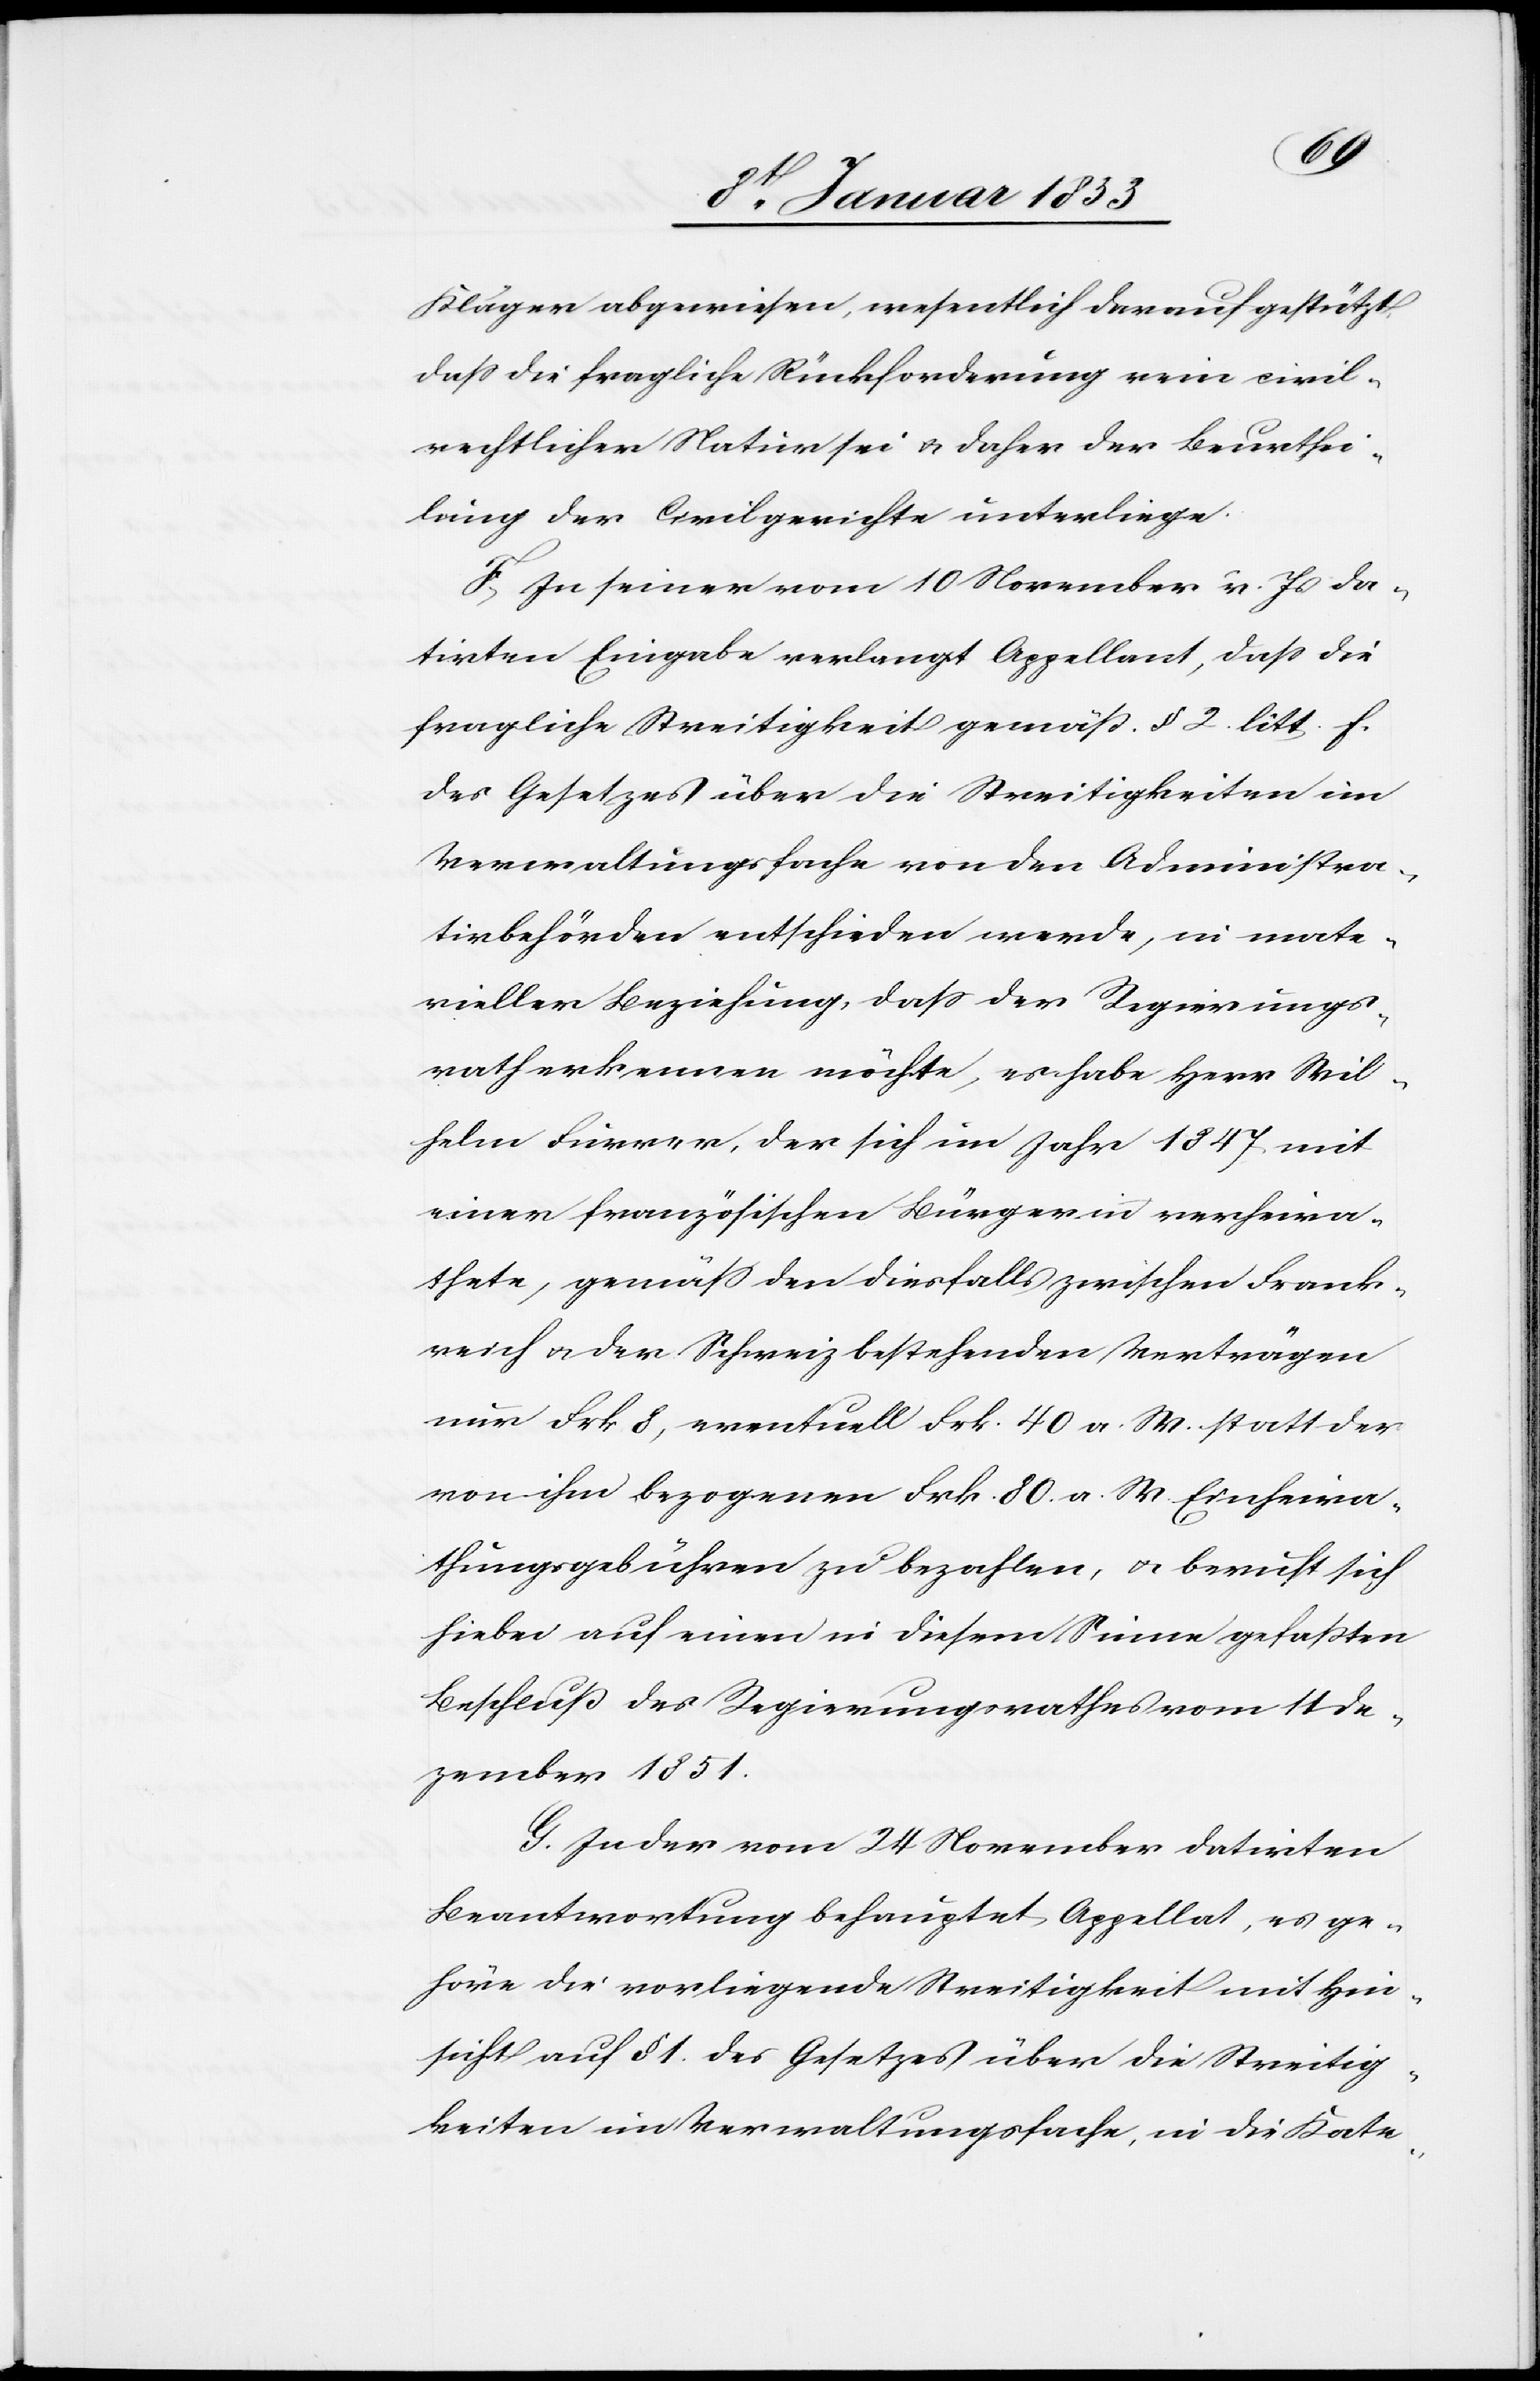
gorie
Kläger abgewiesen, wesentlich darauf gestützt
daß die fragliche Rückforderung rein civil¬
rechtlicher Natur sei u. daher der Beurthei¬
lung der Civilgerichte unterliege.
F. In seiner vom 10 November v. Js. da¬
tirten Eingabe verlangt Appellant, daß die
fragliche Streitigkeit gemäß §. 2 litt f.
des Gesetzes über die Streitigkeiten im
Verwaltungsfache von den Administra¬
tivbehörden entschieden werde, in mate¬
rieller Beziehung, daß der Regierungs¬
rath erkennen möchte, es habe Herr Wil¬
helm Furrer, der sich im Jahr 1847 mit
einer französischen Bürgerinn verheira¬
thete, gemäß den diesfalls zwischen Frank¬
reich u. der Schweiz bestehenden Verträgen
nur Frk 8, eventuell Frk. 40. a. W. statt der
von ihm bezogenen Frk. 80 a. W. Einheira¬
thungsgebühren zu bezahlen, u. beruft sich
hiebei auf einen in diesem Sinne gefassten
Beschluß des Regierungsrathe vom 11 De¬
zember 1851.
G. In der vom 24. November datirten
Beantwortung behauptet Appellat, es ge¬
höre die vorliegende Streitigkeit mit Hin¬
sicht auf §. 81 des Gesetzes über die Streitig¬
keiten im Vewaltungsfache, in die Kate¬